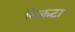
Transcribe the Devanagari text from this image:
सिकटा